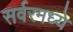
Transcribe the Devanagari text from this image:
सर्वरमध्ये